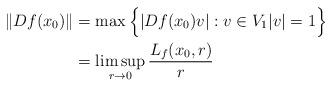
LaTeX: \begin{align*}\|Df(x_0)\|&=\max\Big\{|Df(x_0)v|:v\in V_1 |v|=1 \Big\}\\&=\limsup_{r\to 0}\frac{L_f(x_0,r)}{r}\end{align*}